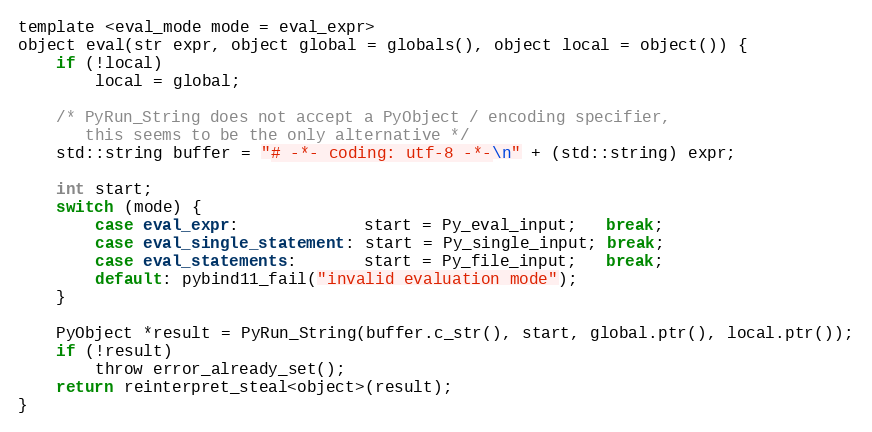
Language: C
template <eval_mode mode = eval_expr>
object eval(str expr, object global = globals(), object local = object()) {
    if (!local)
        local = global;

    /* PyRun_String does not accept a PyObject / encoding specifier,
       this seems to be the only alternative */
    std::string buffer = "# -*- coding: utf-8 -*-\n" + (std::string) expr;

    int start;
    switch (mode) {
        case eval_expr:             start = Py_eval_input;   break;
        case eval_single_statement: start = Py_single_input; break;
        case eval_statements:       start = Py_file_input;   break;
        default: pybind11_fail("invalid evaluation mode");
    }

    PyObject *result = PyRun_String(buffer.c_str(), start, global.ptr(), local.ptr());
    if (!result)
        throw error_already_set();
    return reinterpret_steal<object>(result);
}